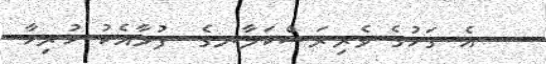
އެ ގަހުގެ ވެރިރަސްކަލާނގެ  ފުޅާއެކު ހުރިހާ